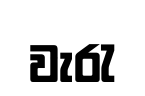
වැරැ